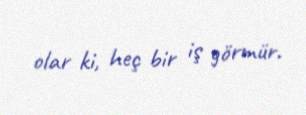
olar ki, heç bir iş görmür.